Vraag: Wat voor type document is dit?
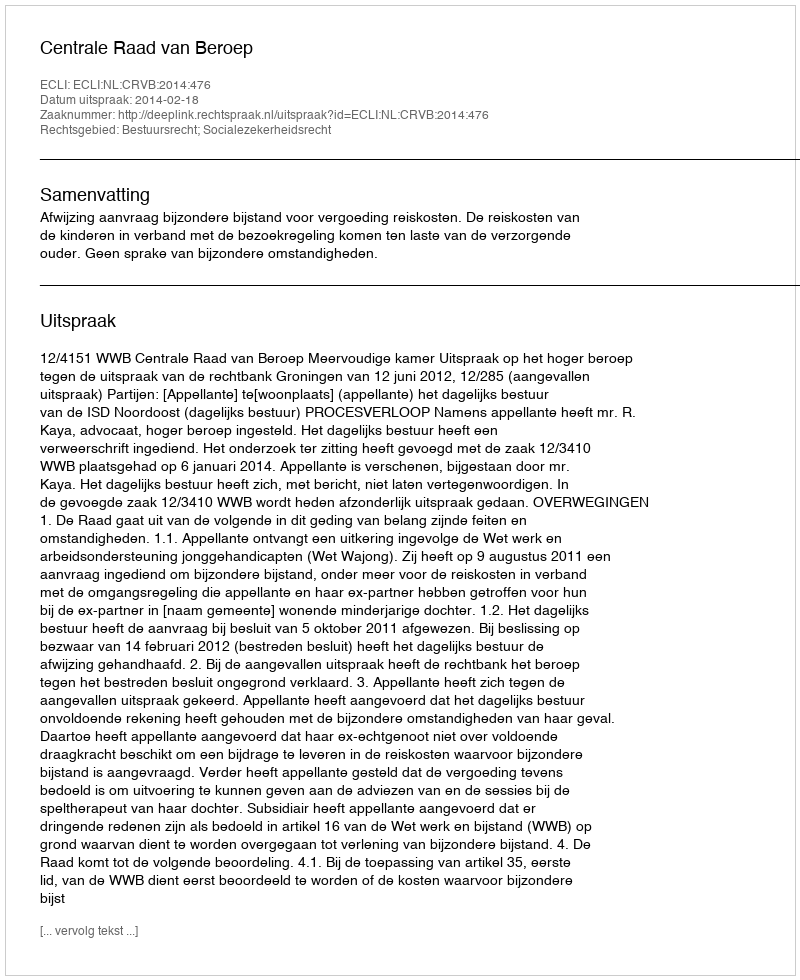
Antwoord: Uitspraak